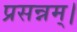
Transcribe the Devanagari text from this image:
प्रसन्नम्‌।